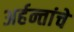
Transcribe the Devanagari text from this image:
अर्हन्तांचे